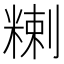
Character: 𥻃